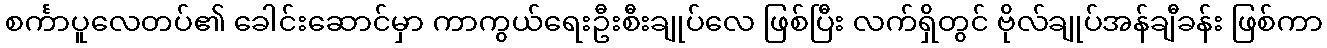
စင်္ကာပူလေတပ်၏ ခေါင်းဆောင်မှာ ကာကွယ်ရေးဦးစီးချုပ်လေ ဖြစ်ပြီး လက်ရှိတွင် ဗိုလ်ချုပ်အန်ချီခန်း ဖြစ်ကာ